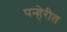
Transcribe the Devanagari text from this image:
पन्हेरीत